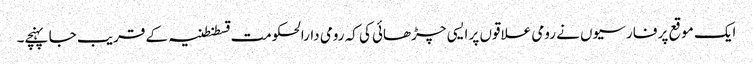
ایک موقع پر فارسیوں نے رومی علاقوں پر ایسی چڑھائی کی کہ رومی دارالحکومت قسطنطنیہ کے قریب جا پہنچے۔